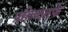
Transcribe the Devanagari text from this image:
प्रतिष्ठतर्फे